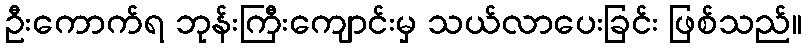
ဦးကောက်ရ ဘုန်းကြီးကျောင်းမှ သယ်လာပေးခြင်း ဖြစ်သည်။